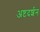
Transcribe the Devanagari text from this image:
अष्टदर्शन